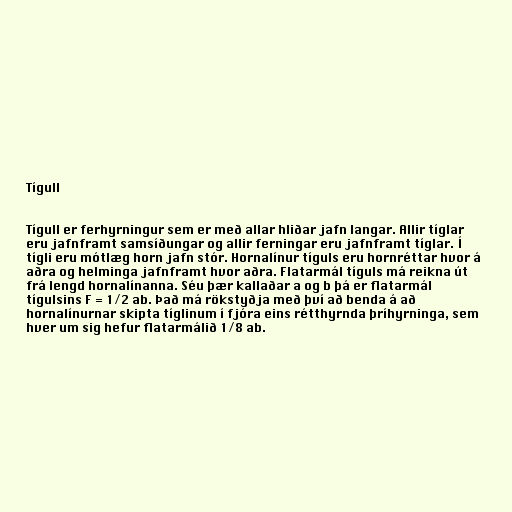
Tígull

Tígull er ferhyrningur sem er með allar hliðar jafn langar. Allir tíglar
eru jafnframt samsíðungar og allir ferningar eru jafnframt tíglar. Í
tígli eru mótlæg horn jafn stór. Hornalínur tíguls eru hornréttar hvor á
aðra og helminga jafnframt hvor aðra. Flatarmál tíguls má reikna út
frá lengd hornalínanna. Séu þær kallaðar a og b þá er flatarmál
tígulsins F = 1/2 ab. Það má rökstyðja með því að benda á að
hornalínurnar skipta tíglinum í fjóra eins rétthyrnda þríhyrninga, sem
hver um sig hefur flatarmálið 1/8 ab.